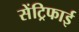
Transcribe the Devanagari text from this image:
सेंट्रिफाई